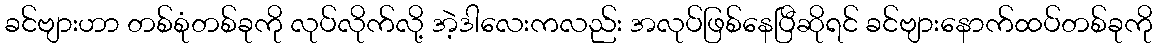
ခင်ဗျားဟာ တစ်စုံတစ်ခုကို လုပ်လိုက်လို့ အဲ့ဒါလေးကလည်း အလုပ်ဖြစ်နေပြီဆိုရင် ခင်ဗျားနောက်ထပ်တစ်ခုကို